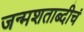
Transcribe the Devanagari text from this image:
जन्मशताब्दीचं